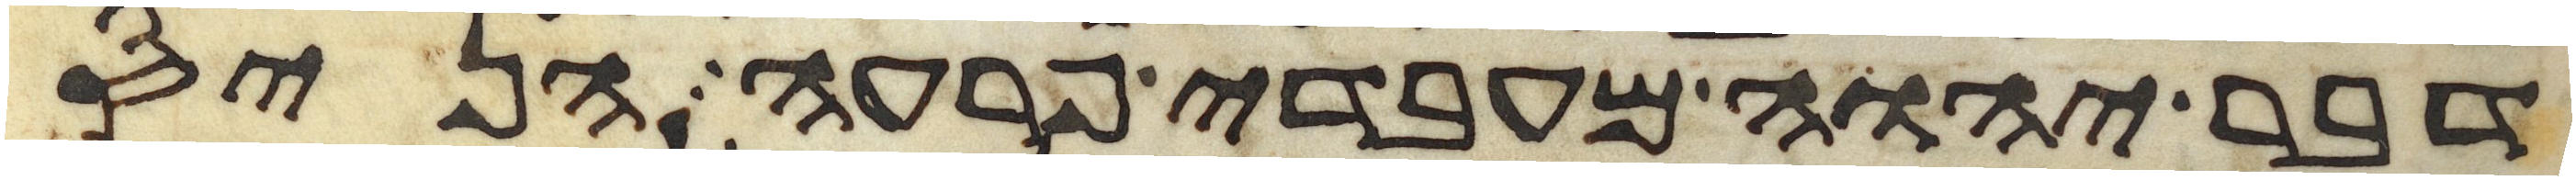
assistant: דבר יהוה מעבדי פרעה הניס